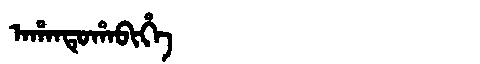
Manchu: ᠠᡥᠠᠨᡨᡠᡥᠠᠪᡳᡥᡝ
Romanization: AHANTUHABIHE